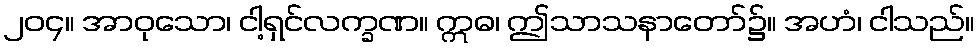
၂၀၄။ အာဝုသော၊ ငါ့ရှင်လက္ခဏ။ ဣဓ၊ ဤသာသနာတော်၌။ အဟံ၊ ငါသည်။